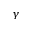
\gamma